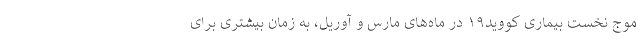
موج نخست بیماری کووید۱۹ در ماه‌های مارس و آوریل، به زمان بیشتری برای